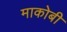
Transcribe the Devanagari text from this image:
माकोबी